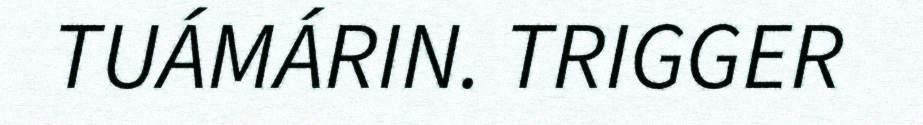
TUÁMÁRIN. TRIGGER